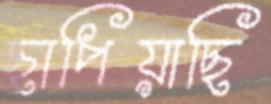
ছাপিয়াছি